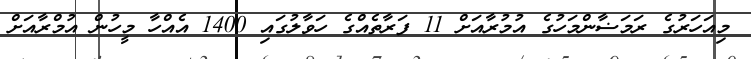
މިއަހަރުގެ ރަމަޟާންމަހުގެ އުމުރާއަށް 11 ފަރާތެއްގެ ހަވާލުގައި 1400 އެއްހާ މީހުން އުމްރާއަށް